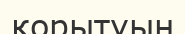
қорытуын